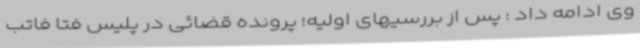
وی ادامه داد : پس از بررسیهای اولیه؛ پرونده قضائی در پلیس فتا فاتب